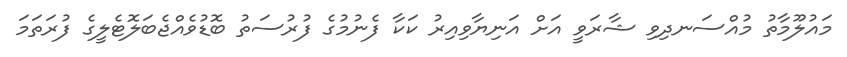
މައުލޫމާތު މުއްސަނދިވި ޝާރަވީ އަށް އަނިޔާވިއިރު ކަކާ ފެނުމުގެ ފުރުސަތު ބޮޑުވެއްޖެބަލޮޓެލީގެ ފުރަތަމަ